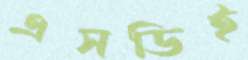
এসডিই